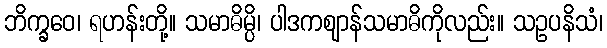
ဘိက္ခဝေ၊ ရဟန်းတို့။ သမာဓိမ္ပိ၊ ပါဒကဈာန်သမာဓိကိုလည်း။ သဥပနိသံ၊